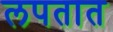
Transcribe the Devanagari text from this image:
लपतात